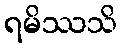
ရမိဿသိ